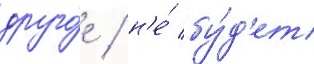
друго́е / н'е́ бу́д'ет